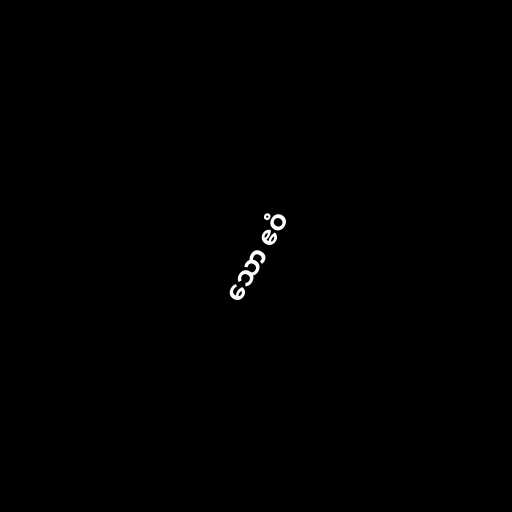
သော ဧဝံ